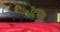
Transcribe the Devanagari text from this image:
भेदमय